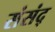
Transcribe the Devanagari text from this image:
संसंद्